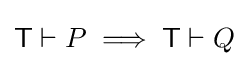
{\mathsf {T}}\vdash P\implies {\mathsf {T}}\vdash Q